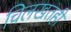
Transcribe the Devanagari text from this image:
चिलखतही